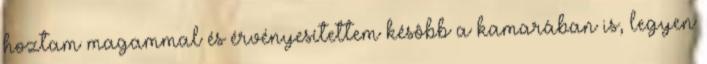
hoztam magammal és érvényesítettem késôbb a kamarában is, legyen